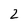
Character: 2